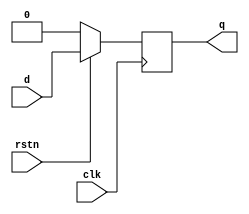
module dff ( 	input 			d,
							input 			clk,
							input 			rstn,
							output reg	q);

	// Contents of the module
	always @ (posedge clk) begin
		if (!rstn)
			q <= 0;
		else
			q <= d;
	end
endmodule